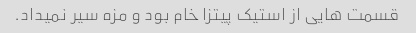
قسمت هایی از استیک پیتزا خام بود و مزه سیر نمیداد.